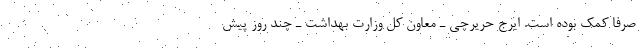
صرفا کمک بوده است. ایرج حریرچی ـ معاون کل وزارت بهداشت ـ چند روز پیش